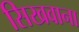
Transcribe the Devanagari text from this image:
सिखवाना